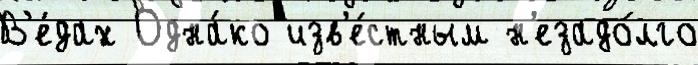
В'е́дах Одна́ко изв'е́стным н'езадо́лго